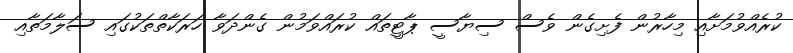
ކުރެއްވުމަށާއި މިހާރުން ފެށިގެން ވެސް ސިޔާސީ ޕާޓީތައް ކުރައްވަމުން ގެންދަވާ ހަރަކާތްތަކުގައި ސަލާމަތާއި